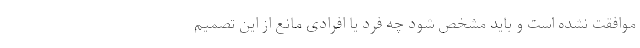
موافقت نشده است و باید مشخص شود چه فرد یا افرادی مانع از این تصمیم